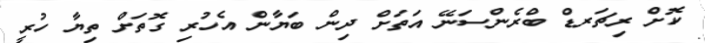
ކޮށް ރިޗަރޑް ބްރެންސަނޭ އަތަށް ދިން ބަޔާން އެހުރި ގޮތަށް ތިޔާ ހުރީ